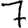
Digit: 7